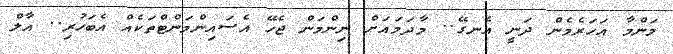
މަންމާ އަހަރެމެން ދަނީ އެނގޭ.. މާދަމައަށް ނިންމަން ޖެހޭ އެސައިންމަންޓްތަކެއް އެބަހުރި.. އާލް